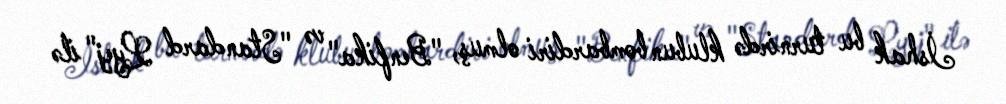
İshak bu turnirdə klubun bombardiri olmuş, "Benfika" və "Standard Lyej" ilə